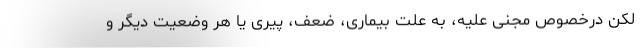
لکن درخصوص مجنی علیه، به علت بیماری، ضعف، پیری یا هر وضعیت دیگر و